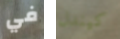
في كيندل